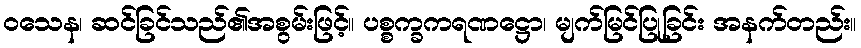
ဝသေန၊ ဆင်ခြင်သည်၏အစွမ်းဖြင့်။ ပစ္စက္ခကရဏဋ္ဌော၊ မျက်မြင်ပြုခြင်း အနက်တည်း။